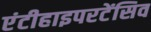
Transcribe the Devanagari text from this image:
एंटीहाइपरटेंसिव